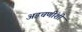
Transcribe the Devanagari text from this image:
अडचणींशी